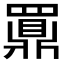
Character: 𲎙